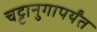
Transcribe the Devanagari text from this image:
चट्टानुगापर्यंत